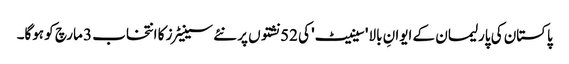
پاکستان کی پارلیمان کے ایوانِ بالا 'سینیٹ' کی 52 نشتوں پر نئے سینیٹرز کا انتخاب 3 مارچ کو ہوگا۔